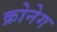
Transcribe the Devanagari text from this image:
क्रोनेग